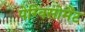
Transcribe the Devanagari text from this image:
पेग्विसोमैंट